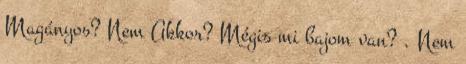
Magányos? Nem Akkor? Mégis mi bajom van? . Nem